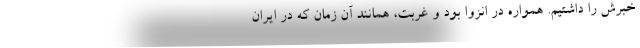
خبرش را داشتیم. همواره در انزوا بود و غربت، همانند آن زمان که در ایران